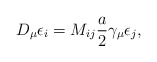
\begin{align*}D_{\mu} \epsilon_{i} = M_{i j} \frac{a}{2} \gamma_{\mu} \epsilon_{j},\end{align*}